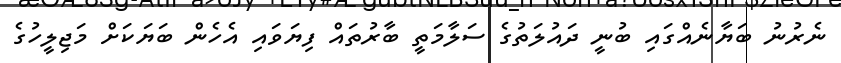
ނެރުނު ބަޔާނެއްގައި ބުނީ ދައުލަތުގެ ސަލާމަތީ ބާރުތައް ފިޔަވައި އެހެން ބަޔަކަށް މަޖިލީހުގެ